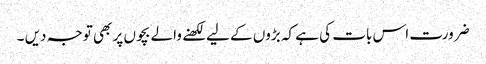
ضرورت اس بات کی ہے کہ بڑوں کے لیے لکھنے والے بچوں پر بھی توجہ دیں ۔